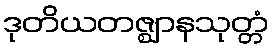
ဒုတိယတဇ္ဈာနသုတ္တံ